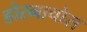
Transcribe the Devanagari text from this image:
होरनाचोस